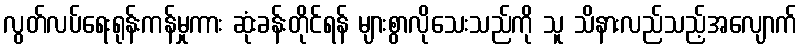
လွတ်လပ်ရေးရုန်းကန်မှုကား ဆုံးခန်းတိုင်ရန် များစွာလိုသေးသည်ကို သူ သိနားလည်သည့်အလျောက်